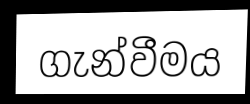
ගැන්වීමය